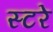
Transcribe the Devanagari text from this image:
स्टरे